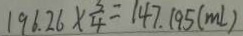
1 9 6 . 2 6 \times \frac { 3 } { 4 } = 1 4 7 . 1 9 5 ( m l )